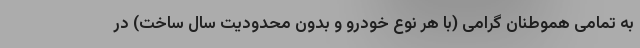
به تمامی هموطنان گرامی (با هر نوع خودرو و بدون محدودیت سال ساخت) در